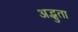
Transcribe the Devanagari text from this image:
अद्भुता